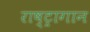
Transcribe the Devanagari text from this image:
राष्ट्रागान